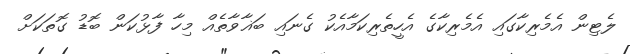
ލެޓިން އެމެރިކާގައި އެމެރިކާގެ އެހީތެރިކަމާއެކު ގެނައި ބަޣާވާތެއް މިހާ ފާޅުކަން ބޮޑު ގޮތަކަށް